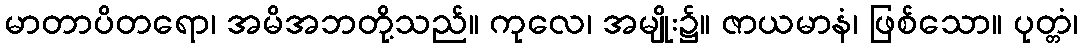
မာတာပိတရော၊ အမိအဘတို့သည်။ ကုလေ၊ အမျိုး၌။ ဇာယမာနံ၊ ဖြစ်သော။ ပုတ္တံ၊